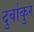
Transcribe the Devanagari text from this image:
दुर्वाकुर